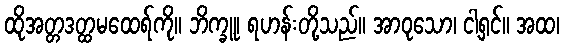
ထိုအတ္တဒတ္ထမထေရ်ကို။ ဘိက္ခူ၊ ရဟန်းတို့သည်။ အာဝုသော၊ ငါ့ရှင်။ အထ၊